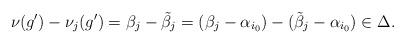
LaTeX: \begin{align*}\nu(g')-\nu_j(g')=\beta_j-\tilde{\beta}_j=(\beta_j-\alpha_{i_0})-(\tilde{\beta}_j-\alpha_{i_0})\in\Delta.\end{align*}